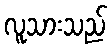
လူသားသည်